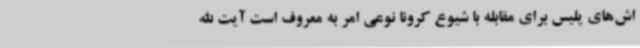
اش‌های پلیس برای مقابله با شیوع کرونا نوعی امر به معروف است آیت الله